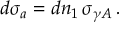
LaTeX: d \sigma _ { a } = d n _ { 1 } \, \sigma _ { \gamma A } \, .